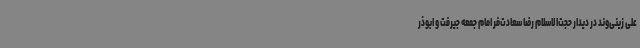
علی زینی‌وند در دیدار حجت‌الاسلام رضا سعادت‌فر امام جمعه جیرفت و ابوذر